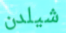
شيلدن